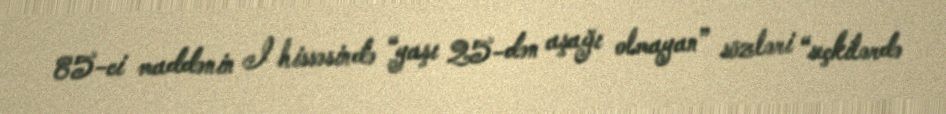
85-ci maddənin I hissəsində “yaşı 25-dən aşağı olmayan” sözləri “seçkilərdə